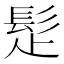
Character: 𩬄